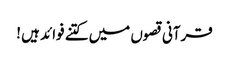
قرآنی قصوں میں کتنے فوائد ہیں !